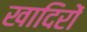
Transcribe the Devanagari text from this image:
खादिरों